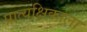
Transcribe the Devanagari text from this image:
प्रात्यक्षिकाला